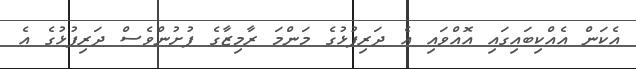
އެކަން އެއްކިބައިގައި އޮއްވައި އެ ދަރިފުޅުގެ މަންމަ ރާމިޒާގެ ފުށުންވެސް ދަރިފުޅުގެ އެ